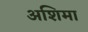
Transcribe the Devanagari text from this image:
अशिमा